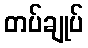
တပ်ချုပ်